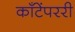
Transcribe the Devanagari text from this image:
काँटेंपररी